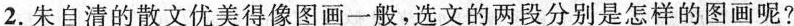
2.朱自清的散文优美得像图画一般，选文的两段分别是怎样的图画呢?